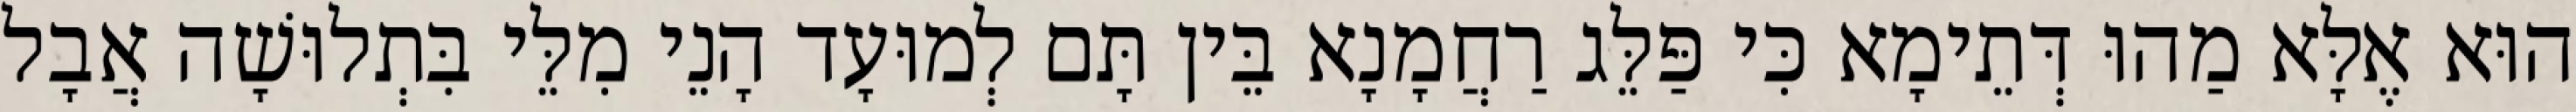
הוּא אֶלָּא מַהוּ דְּתֵימָא כִּי פַּלֵּג רַחֲמָנָא בֵּין תָּם לְמוּעָד הָנֵי מִלֵּי בִּתְלוּשָׁה אֲבָל